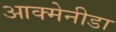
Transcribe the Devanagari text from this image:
आक्मेनीडा